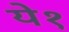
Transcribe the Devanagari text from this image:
ये१